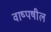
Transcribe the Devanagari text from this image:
वाष्पषील